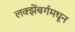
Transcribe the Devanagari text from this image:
लक्झेंबर्गमधून